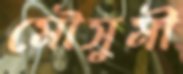
মৌসুমী